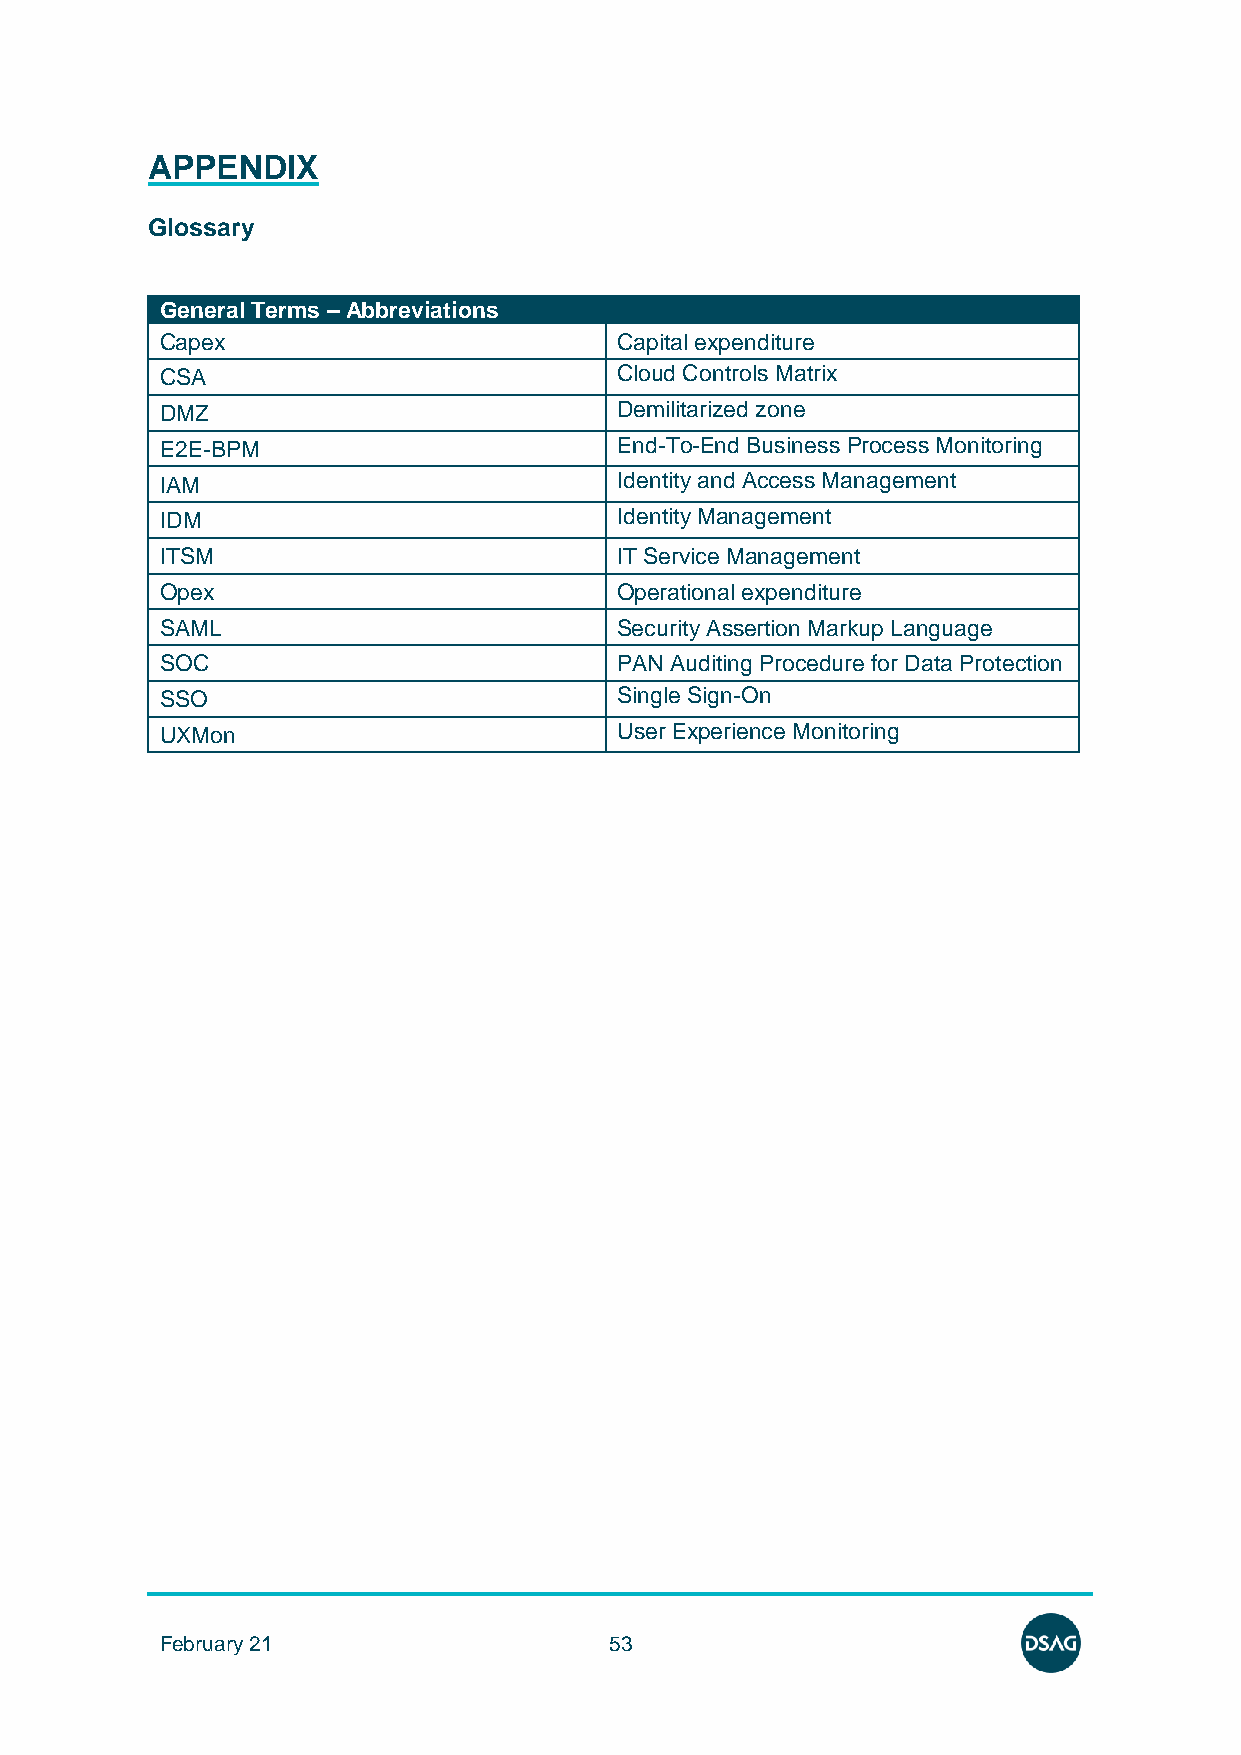
APPENDIX
 Glossary
 General Terms – Abbreviations
 Capex                         Capital expenditure
 CSA                           Cloud Controls Matrix
 DMZ                           Demilitarized zone
 E2E-BPM                       End-To-End Business Process Monitoring
 IAM                           Identity and Access Management
 IDM                           Identity Management
 ITSM                          IT Service Management
 Opex                          Operational expenditure
 SAML                          Security Assertion Markup Language
 SOC                           PAN Auditing Procedure for Data Protection
 SSO                           Single Sign-On
 UXMon                         User Experience Monitoring
 February 21                  53